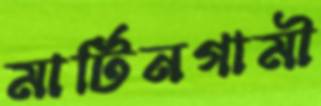
মার্টিনগামী